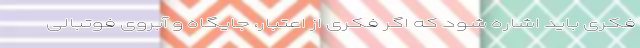
فکری باید اشاره شود که اگر فکری از اعتبار، جایگاه و آبروی فوتبالی